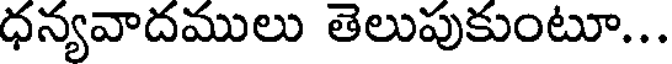
ధన్యవాదములు తెలుపుకుంటూ...